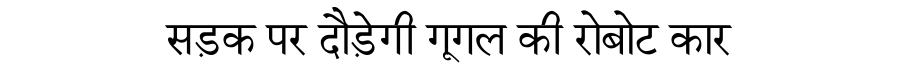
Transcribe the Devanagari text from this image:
सड़क पर दौड़ेगी गूगल की रोबोट कार